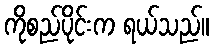
ကိုစည်ပိုင်းက ရယ်သည်။